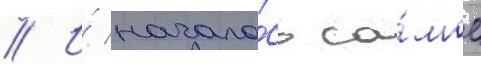
// И́ начало́сь са́мое